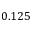
0 . 1 2 5